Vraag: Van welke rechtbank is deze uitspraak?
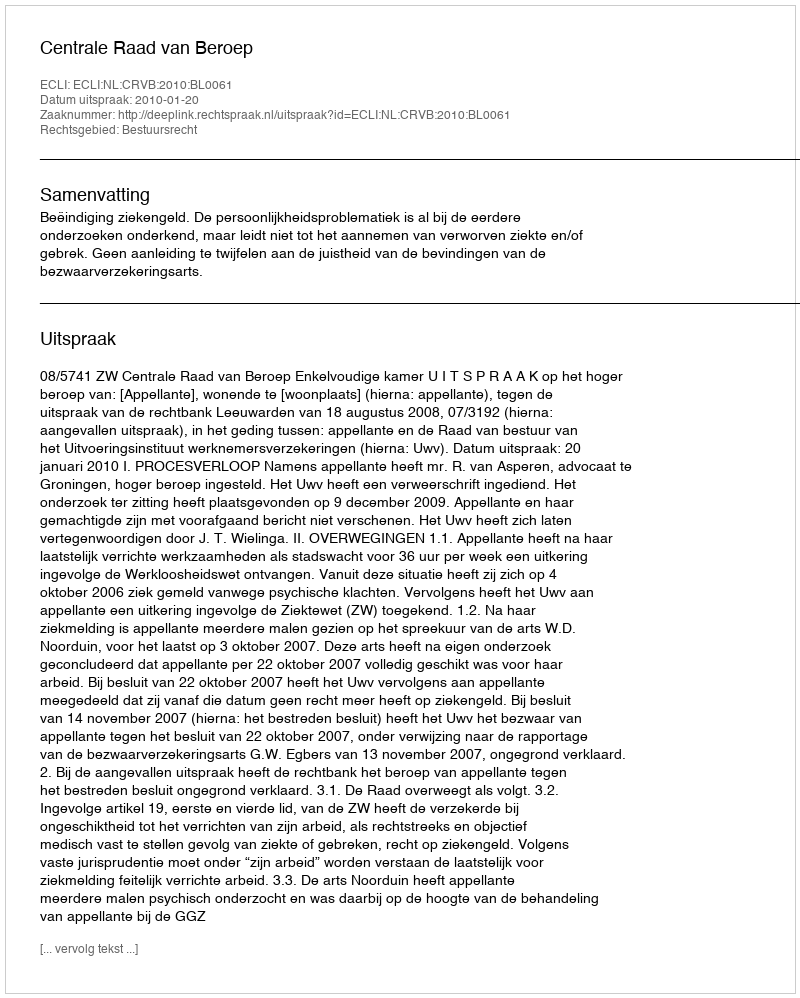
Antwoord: Centrale Raad van Beroep